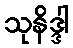
သုနိဒ္ဒါ